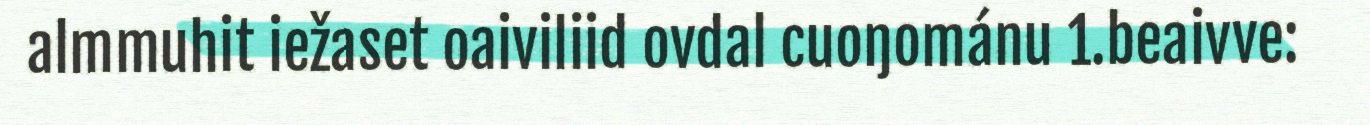
almmuhit iežaset oaiviliid ovdal cuoŋománu 1.beaivve: